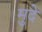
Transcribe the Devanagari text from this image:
मुदे